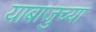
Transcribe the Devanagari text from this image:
याबाजुच्या